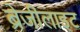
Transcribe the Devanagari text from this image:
ब्रेजीलाइट